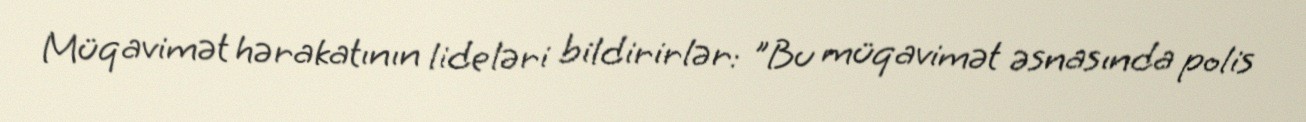
Müqavimət hərakatının lideləri bildirirlər: "Bu müqavimət əsnasında polis